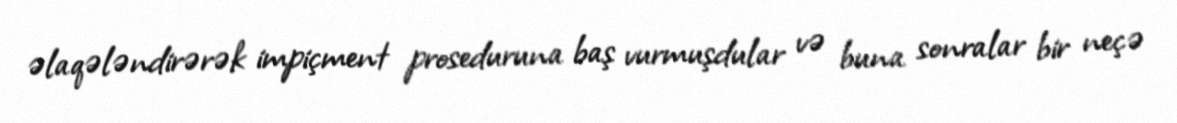
əlaqələndirərək impiçment proseduruna baş vurmuşdular və buna sonralar bir neçə